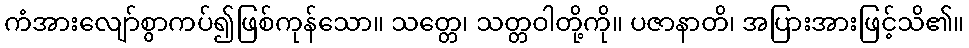
ကံအားလျော်စွာကပ်၍ဖြစ်ကုန်သော။ သတ္တေ၊ သတ္တဝါတို့ကို။ ပဇာနာတိ၊ အပြားအားဖြင့်သိ၏။